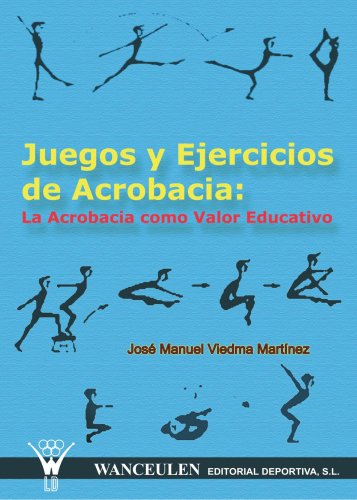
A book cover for Juegos Y Ejercicios De Acrobacia: La Acrobacia Como Valor Educativo (Spanish Edition); JosÃ© Manuel Viedma MartÃ­nez; Sports & Outdoors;